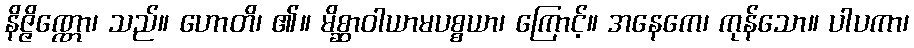
နိဇ္ဇိဏ္ဏော၊ သည်။ ဟောတိ၊ ၏။ မိစ္ဆာဝါယာမပစ္စယာ၊ ကြောင့်။ အနေကေ၊ ကုန်သော။ ပါပကာ၊